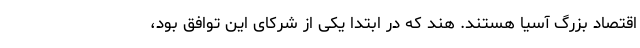
اقتصاد بزرگ آسیا هستند. هند که در ابتدا یکی از شرکای این توافق بود،